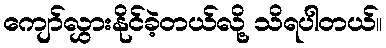
ကျော်လွှားနိုင်ခဲ့တယ်လို့ သိရပါတယ်။